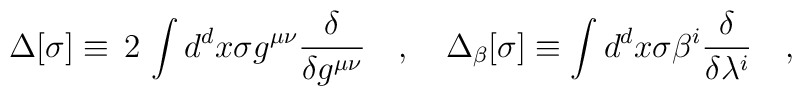
\Delta [\sigma ] \equiv \,2 \, \int d^d x\sigma g^{\mu\nu }\frac{\delta}{\delta  g^{\mu\nu} }\quad,\quad \Delta_\beta [\sigma ] \equiv \int d^dx\sigma\beta^i \frac{\delta}{\delta\lambda^i }\quad,